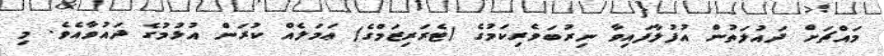
މައްޗަށް ދައުލަތުން އުފުލާފައިވާ ނިރުބަވެރިކަމުގެ (ޓެރަރިޒަމްގެ) ޢަމަލެއް ކުރަން އުޅުމުގެ ދައުވާއެވެ. މި